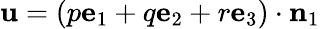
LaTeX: \mathbf{u}=(p\mathbf{{e}}_{1}+q\mathbf{{e}}_{2}+r\mathbf{{e}}_{3})\cdot\mathbf{{n}}_{1}